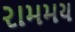
રામમય